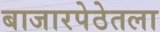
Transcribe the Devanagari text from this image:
बाजारपेठेतला